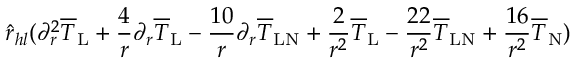
\hat { r } _ { h l } ( \partial _ { r } ^ { 2 } \overline { { T } } _ { \mathrm { L } } + \frac { 4 } { r } \partial _ { r } \overline { { T } } _ { \mathrm { L } } - \frac { 1 0 } { r } \partial _ { r } \overline { { T } } _ { \mathrm { L N } } + \frac { 2 } { r ^ { 2 } } \overline { { T } } _ { \mathrm { L } } - \frac { 2 2 } { r ^ { 2 } } \overline { { T } } _ { \mathrm { L N } } + \frac { 1 6 } { r ^ { 2 } } \overline { { T } } _ { \mathrm { N } } )